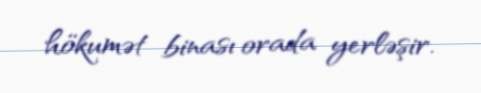
hökumət binası orada yerləşir.